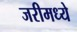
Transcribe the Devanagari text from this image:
जरीमध्ये